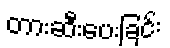
တားဆီးပေးခြင်း